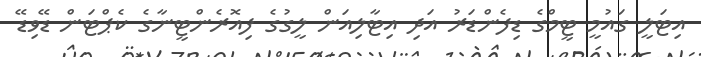
އިޓަލީ ގައުމީ ޓީމްގެ ޑިފެންޑަރު އަދި އިޓާލިއަން ލީގުގެ ފިއޮރެންޓީނާގެ ކެޕްޓަން ޑޭވިޑޭ